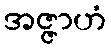
အဇ္ဇာဟံ